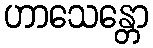
ဟာသေန္တော